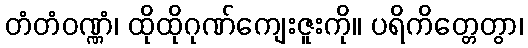
တံတံဝဏ္ဏံ၊ ထိုထိုဂုဏ်ကျေးဇူးကို။ ပရိကိတ္တေတွာ၊